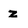
Character: z